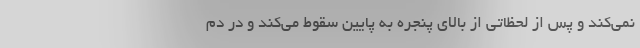
نمی‌کند و پس از لحظاتی از بالای پنجره به پایین سقوط می‌کند و در دم